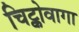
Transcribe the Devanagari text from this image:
चिट्कोवागा